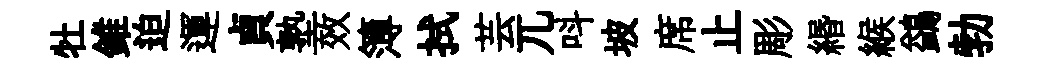
牡錐迫運貞塾效簿拭芸兀呌坡席止彫緡緱鷁勃